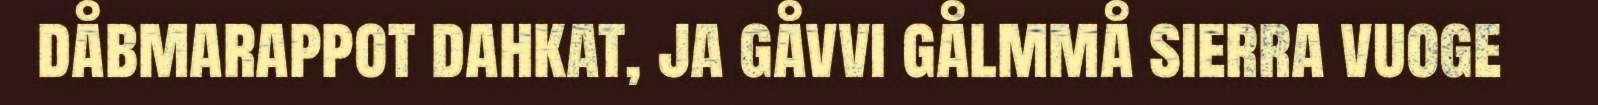
dåbmarappot dahkat, ja gåvvi gålmmå sierra vuoge